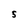
Character: 5